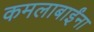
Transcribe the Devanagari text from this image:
कमलाबाईंना